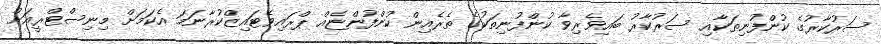
ސަރުކާރުގެ ކުންފުނިތަކާއި ސަރުކާރު ބައިވެރިވާ ކުންފުނިތަކުގެ ތެރެއިން ކުންފުންޏެއް ޕްރައިވެޓައިޒްކުރާނަމަ އެކަމަށް މިނިސްޓްރީއަށް